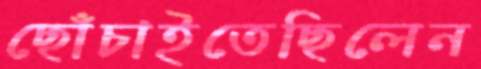
ছোঁচাইতেছিলেন